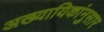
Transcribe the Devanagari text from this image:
अख्यायिकांनुसार